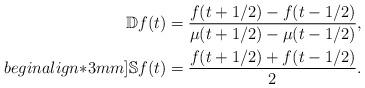
LaTeX: \begin{align*}{\mathbb{D}} f(t)&=\frac{f(t+1/2)-f(t-1/2)}{\mu(t+1/2)-\mu(t-1/2)}, \\begin{align*}3mm]{\mathbb{S}} f(t)&=\frac{f(t+1/2)+f(t-1/2)}{2} .\end{align*}